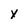
Character: x